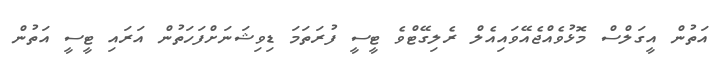
އަތުން އީގަލްސް މޮޅުވެއްޖެއޭވައިއެލް ރެލިގޭޓްވެ ޓީސީ ފުރަތަމަ ޑިވިޝަނަށްފަހަތުން އަރައި ޓީސީ އަތުން